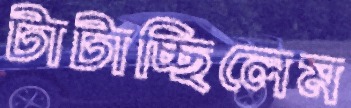
টাটাচ্ছিলেম